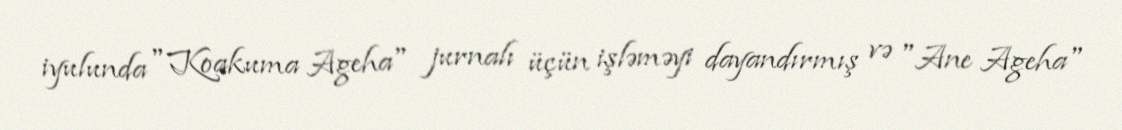
iyulunda "Koakuma Ageha" jurnalı üçün işləməyi dayandırmış və "Ane Ageha"